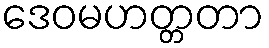
ဒေဝမဟတ္တတာ